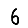
Digit: 6